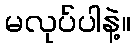
မလုပ်ပါနဲ့။